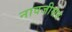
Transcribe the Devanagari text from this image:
नावजीसंत